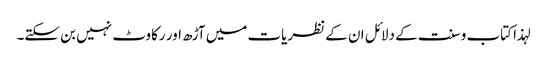
لہذا کتاب وسنت کے دلائل ان کے نظریات میں آڑھ اور رکاوٹ نہیں بن سکتے۔